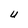
Character: U